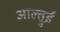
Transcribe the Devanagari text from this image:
आल्त्रुई